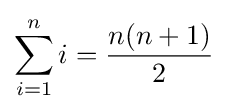
\sum _{i=1}^{n}i={\frac {n(n+1)}{2}}